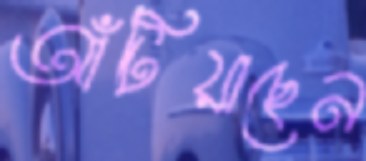
আঁটিয়াছেন